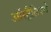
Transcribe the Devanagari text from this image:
ऑस्ट्रैलिस्चे